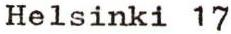
Helsinki 17